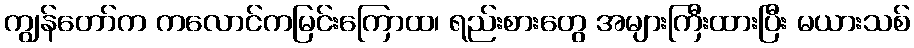
ကျွန်တော်က ကလောင်ကမြင်းကြောထ၊ ရည်းစားတွေ အများကြီးထားပြီး မယားသစ်